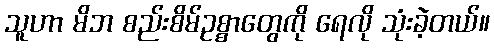
သူဟာ မိဘ စည်းစိမ်ဥစ္စာတွေကို ရေလို သုံးခဲ့တယ်။